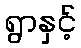
ရွာနှင့်